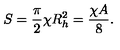
S = { \frac { \pi } { 2 } } \chi R _ { h } ^ { 2 } = { \frac { \chi A } { 8 } } .